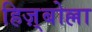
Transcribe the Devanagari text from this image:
हिज़्बोल्ला